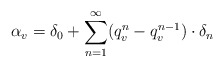
\begin{align*}\alpha_v=\delta_0+\sum_{n=1}^\infty (q_v^n-q_v^{n-1})\cdot\delta_n\,\end{align*}